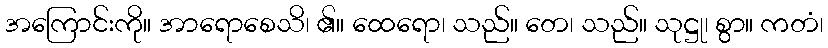
အကြောင်းကို။ အာရောစေသိ၊ ၏။ ထေရော၊ သည်။ တေ၊ သည်။ သုဋ္ဌု၊ စွာ။ ကတံ၊